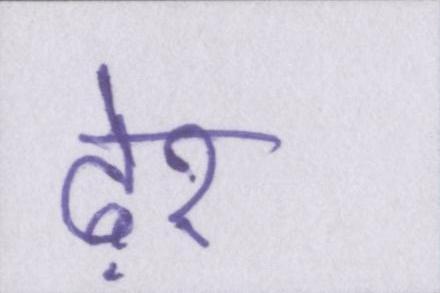
ढ़ेर